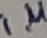
Text: 1µ